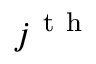
j ^ { \mathrm { ~ t ~ h ~ } }